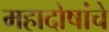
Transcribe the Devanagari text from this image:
महादोषांचे